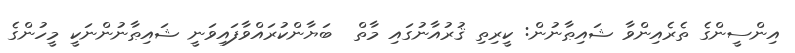
އިންސީންގެ ތެރެއިންވާ ޝައިޠާނުން: ކީރިތި ޤުރުއާނުގައި މާތް  ބަޔާންކުރައްވާފައިވަނީ ޝައިޠާނުންނަކީ މީހުންގެ